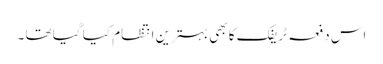
اس دفعہ ٹریفک کا بھی بہترین انتظام کیا گیا تھا ۔